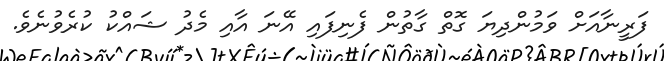
ފަރީނާއަށް ވަމުންދިޔަ ގޮތް ގާތުން ފެނިފައި އޭނަ އާއި މެދު ޝައްކު ކުރެވުނެވެ.